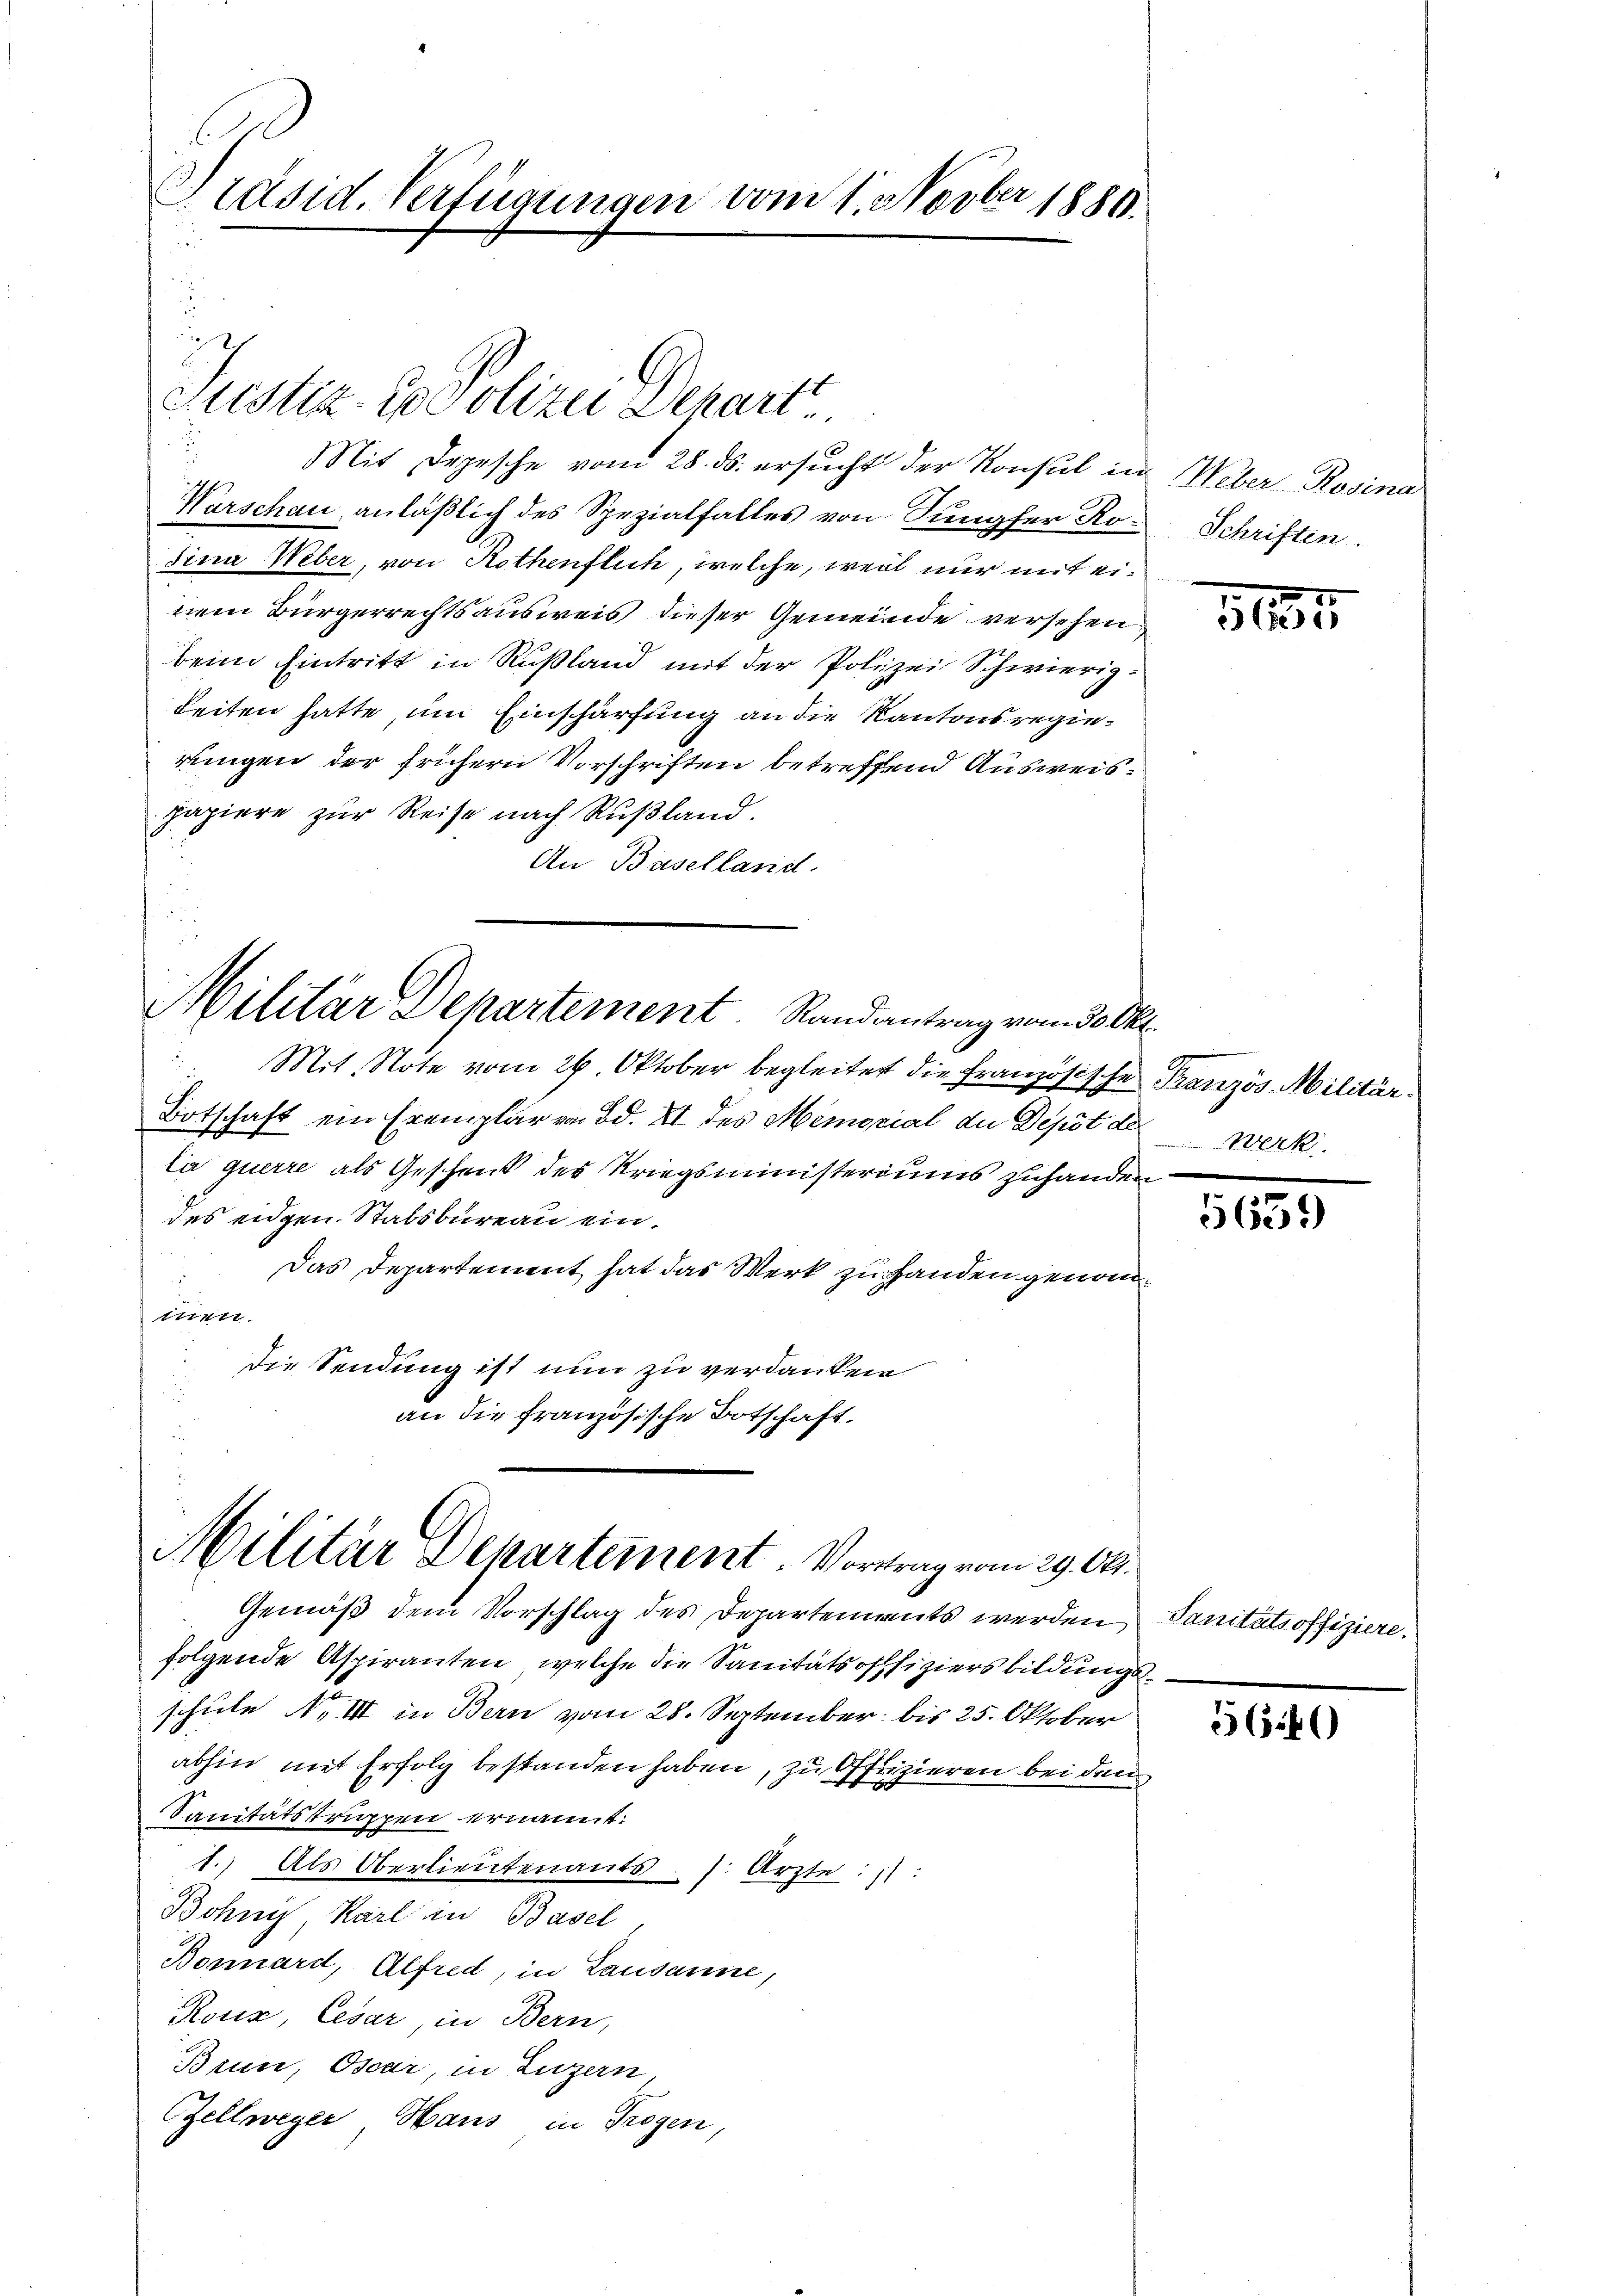
l
Präsid. Verfügungen vom 1. Novber 1886.
.

Warschau anläßlich des Spezialfalles von Sungfer Ro-Schriften.
sina Weber, von Rothenflich, welche, weil nur mit einem Bürgerrechtsausweis dieser Gemeinde versehen
beim Eintritt in Rußland mit der Polizei Schwierig
Seiten hatte, um Einschärfung an die Kantonsregierungen der frühern Vorschriften betreffend Ausweispapiere zur Reise nach Rußland.
An Baselland.

.
cristiz- Polizei Depart
Mit Depesche vom 28. ds. ersŭcht der Konsul in Weber-Rosina

Militar Departement Randantrag vom 30. Okt.

Militär Departement. Vortrag vom 29. 60.

d
Mit. Note vom 26 Oktober begleitet die Französische Französ. Militär¬
Botschaft ein Exemplar von Bd. XI des Memorial der Depot der Werk
la querre als Geschend des Kriegsministeriums zuhanden
des eidgen. Stabsbureau ein.
Das Departement hat das Werk zu Handen genommen.
die Sendung ist nun zu verdanken
u
an die französische Botschaft.

Gemäß dem Vorschlag des Departements werden Sanitätsoffiziere.
folgende Aspiranten, welche die Sanitätsoffiziers bildungsschule No III in Bern vom 28. September bis 25. Oktober
abhin mit Erfolg bestanden haben, zu Offizieren bei dem
Sanitätstruppen ernannt:
1.) Als Oberlieutenants s. Arzte: 11:
Böhnis Karl in Basel
Bonnard, Alfred, in Lausanne,
Roux, Cesar in Bern,
Brunn, Oscar, in Luzern,
Zellweger Haus in Trogen,

564)

1135

5659)